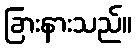
ခြားနားသည်။